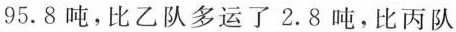
95。8吨，比乙队多运了2.8吨，比丙队